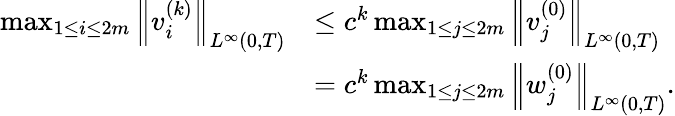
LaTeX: \begin{array}{rl}{\operatorname*{max}_{1\leq i\leq 2m}\left\| v_{i}^{(k)}\right\| _{L^{\infty}(0,T)}}&{\leq c^{k}\operatorname*{max}_{1\leq j\leq 2m}\left\| v_{j}^{(0)}\right\| _{L^{\infty}(0,T)}}\\ &{=c^{k}\operatorname*{max}_{1\leq j\leq 2m}\left\| w_{j}^{(0)}\right\| _{L^{\infty}(0,T)}.}\end{array}